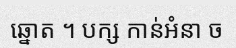
ឆ្នោត ។ បក្ស កាន់អំនា ច